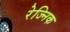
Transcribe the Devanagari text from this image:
रेज्निक